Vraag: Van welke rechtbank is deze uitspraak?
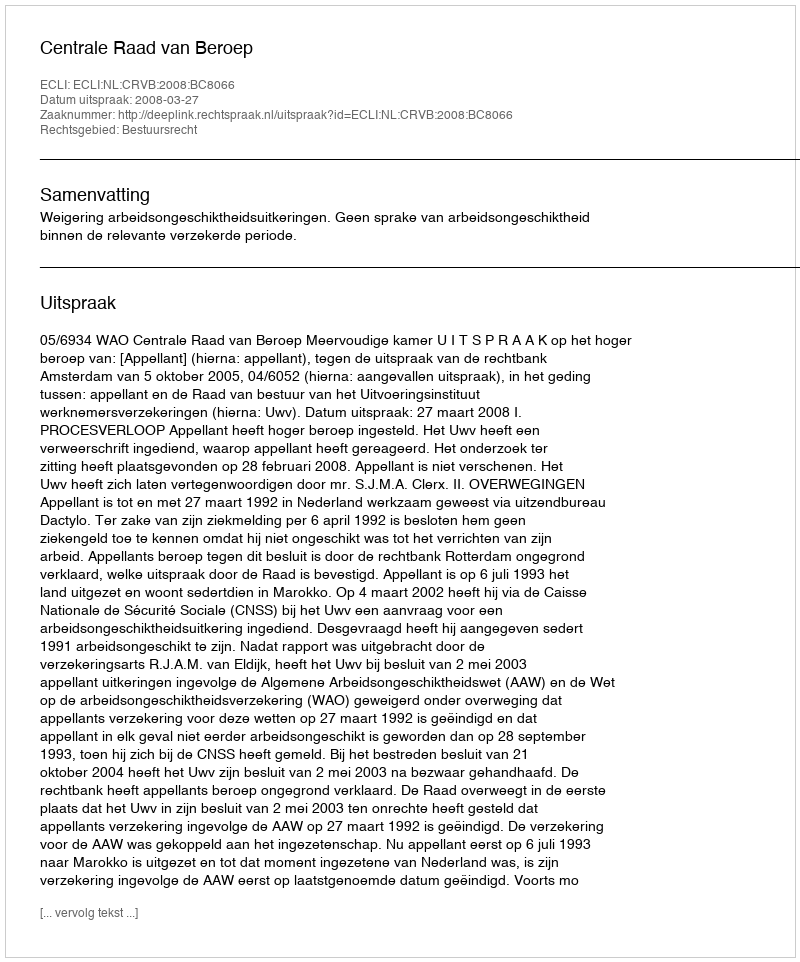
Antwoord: Centrale Raad van Beroep